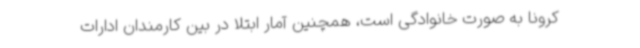
کرونا به صورت خانوادگی است، همچنین آمار ابتلا در بین کارمندان ادارات